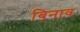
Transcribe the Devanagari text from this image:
बिनाव